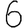
Digit: 6